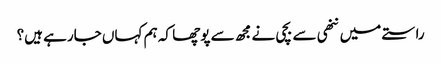
راستے میں ننھی سے بچی نے مجھ سے پوچھا کہ ہم کہاں جارہے ہیں؟